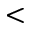
<